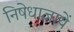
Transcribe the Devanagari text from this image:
निषेधाज्ञायें